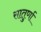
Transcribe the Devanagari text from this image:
सातुर्णा